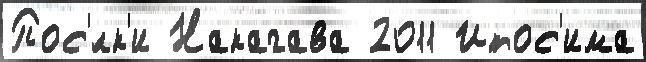
Пос'́лк'и Накагава 2011 Итос'има